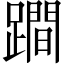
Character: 𨅍